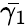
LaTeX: \bar{\gamma_{1}}